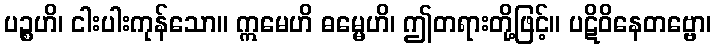
ပဉ္စဟိ၊ ငါးပါးကုန်သော။ ဣမေဟိ ဓမ္မေဟိ၊ ဤတရားတို့ဖြင့်။ ပဋိဝိနေတဗ္ဗော၊